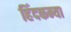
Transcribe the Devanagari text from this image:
हिंदकन्या